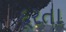
દૂરતા